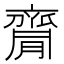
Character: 𪗇